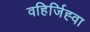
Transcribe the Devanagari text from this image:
वहिर्जिह्वा